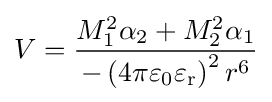
{V}={\frac {M_{1}^{2}\alpha _{2}+M_{2}^{2}\alpha _{1}}{-\left(4\pi \varepsilon _{0}\varepsilon _{\mathrm {r} }\right)^{2}r^{6}}}